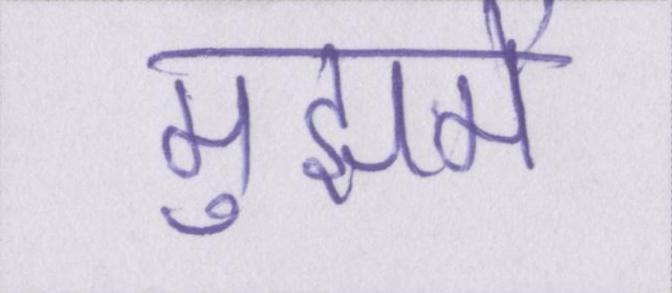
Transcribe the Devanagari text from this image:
मुझमें